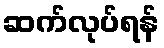
ဆက်လုပ်ရန်